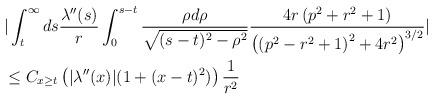
LaTeX: \begin{align*} &|\int_{t}^{\infty} ds \frac{\lambda''(s)}{r} \int_{0}^{s-t} \frac{\rho d\rho}{\sqrt{(s-t)^{2}-\rho^{2}}} \frac{4 r \left(p^2+r^2+1\right)}{\left(\left(p^2-r^2+1\right)^2+4 r^2\right)^{3/2}}|\\&\leq C_{x \geq t} \left(|\lambda''(x)| (1+(x-t)^{2})\right) \frac{1}{r^{2}}\end{align*}